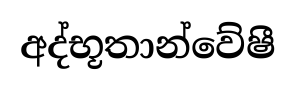
අද්භූතාන්වේෂී